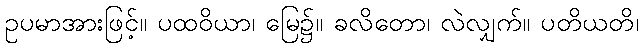
ဥပမာအားဖြင့်။ ပထဝိယာ၊ မြေ၌။ ခလိတော၊ လဲလျှက်။ ပတိယတိ၊